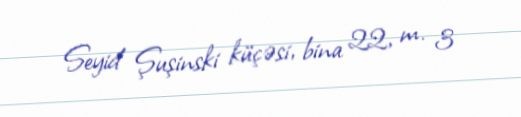
Seyid Şuşinski küçəsi, bina 22, m. 3